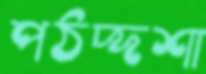
পঠদ্দশা